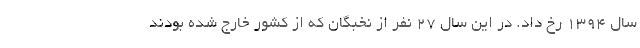
سال 1394 رخ داد. در این سال 27 نفر از نخبگان كه از كشور خارج شده بودند